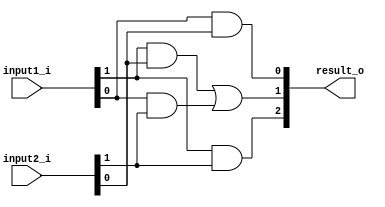
module small_multiplier(input1_i,input2_i,result_o);
input [1:0] input1_i;
input [1:0] input2_i;
output [2:0] result_o;

assign result_o[2] = input1_i[1] & input2_i[1];
assign result_o[1] = (input1_i[1] & input2_i[0]) | (input1_i[0] & input2_i[1]);
assign result_o[0] = input1_i[0] & input2_i[0];

endmodule